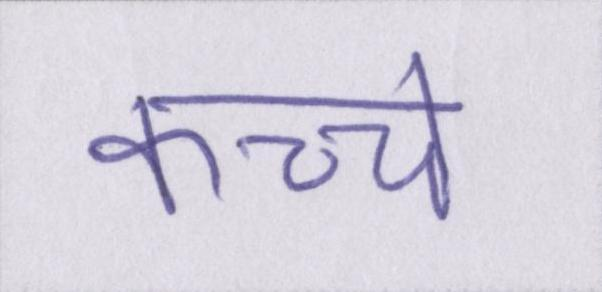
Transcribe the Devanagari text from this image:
कच्चे